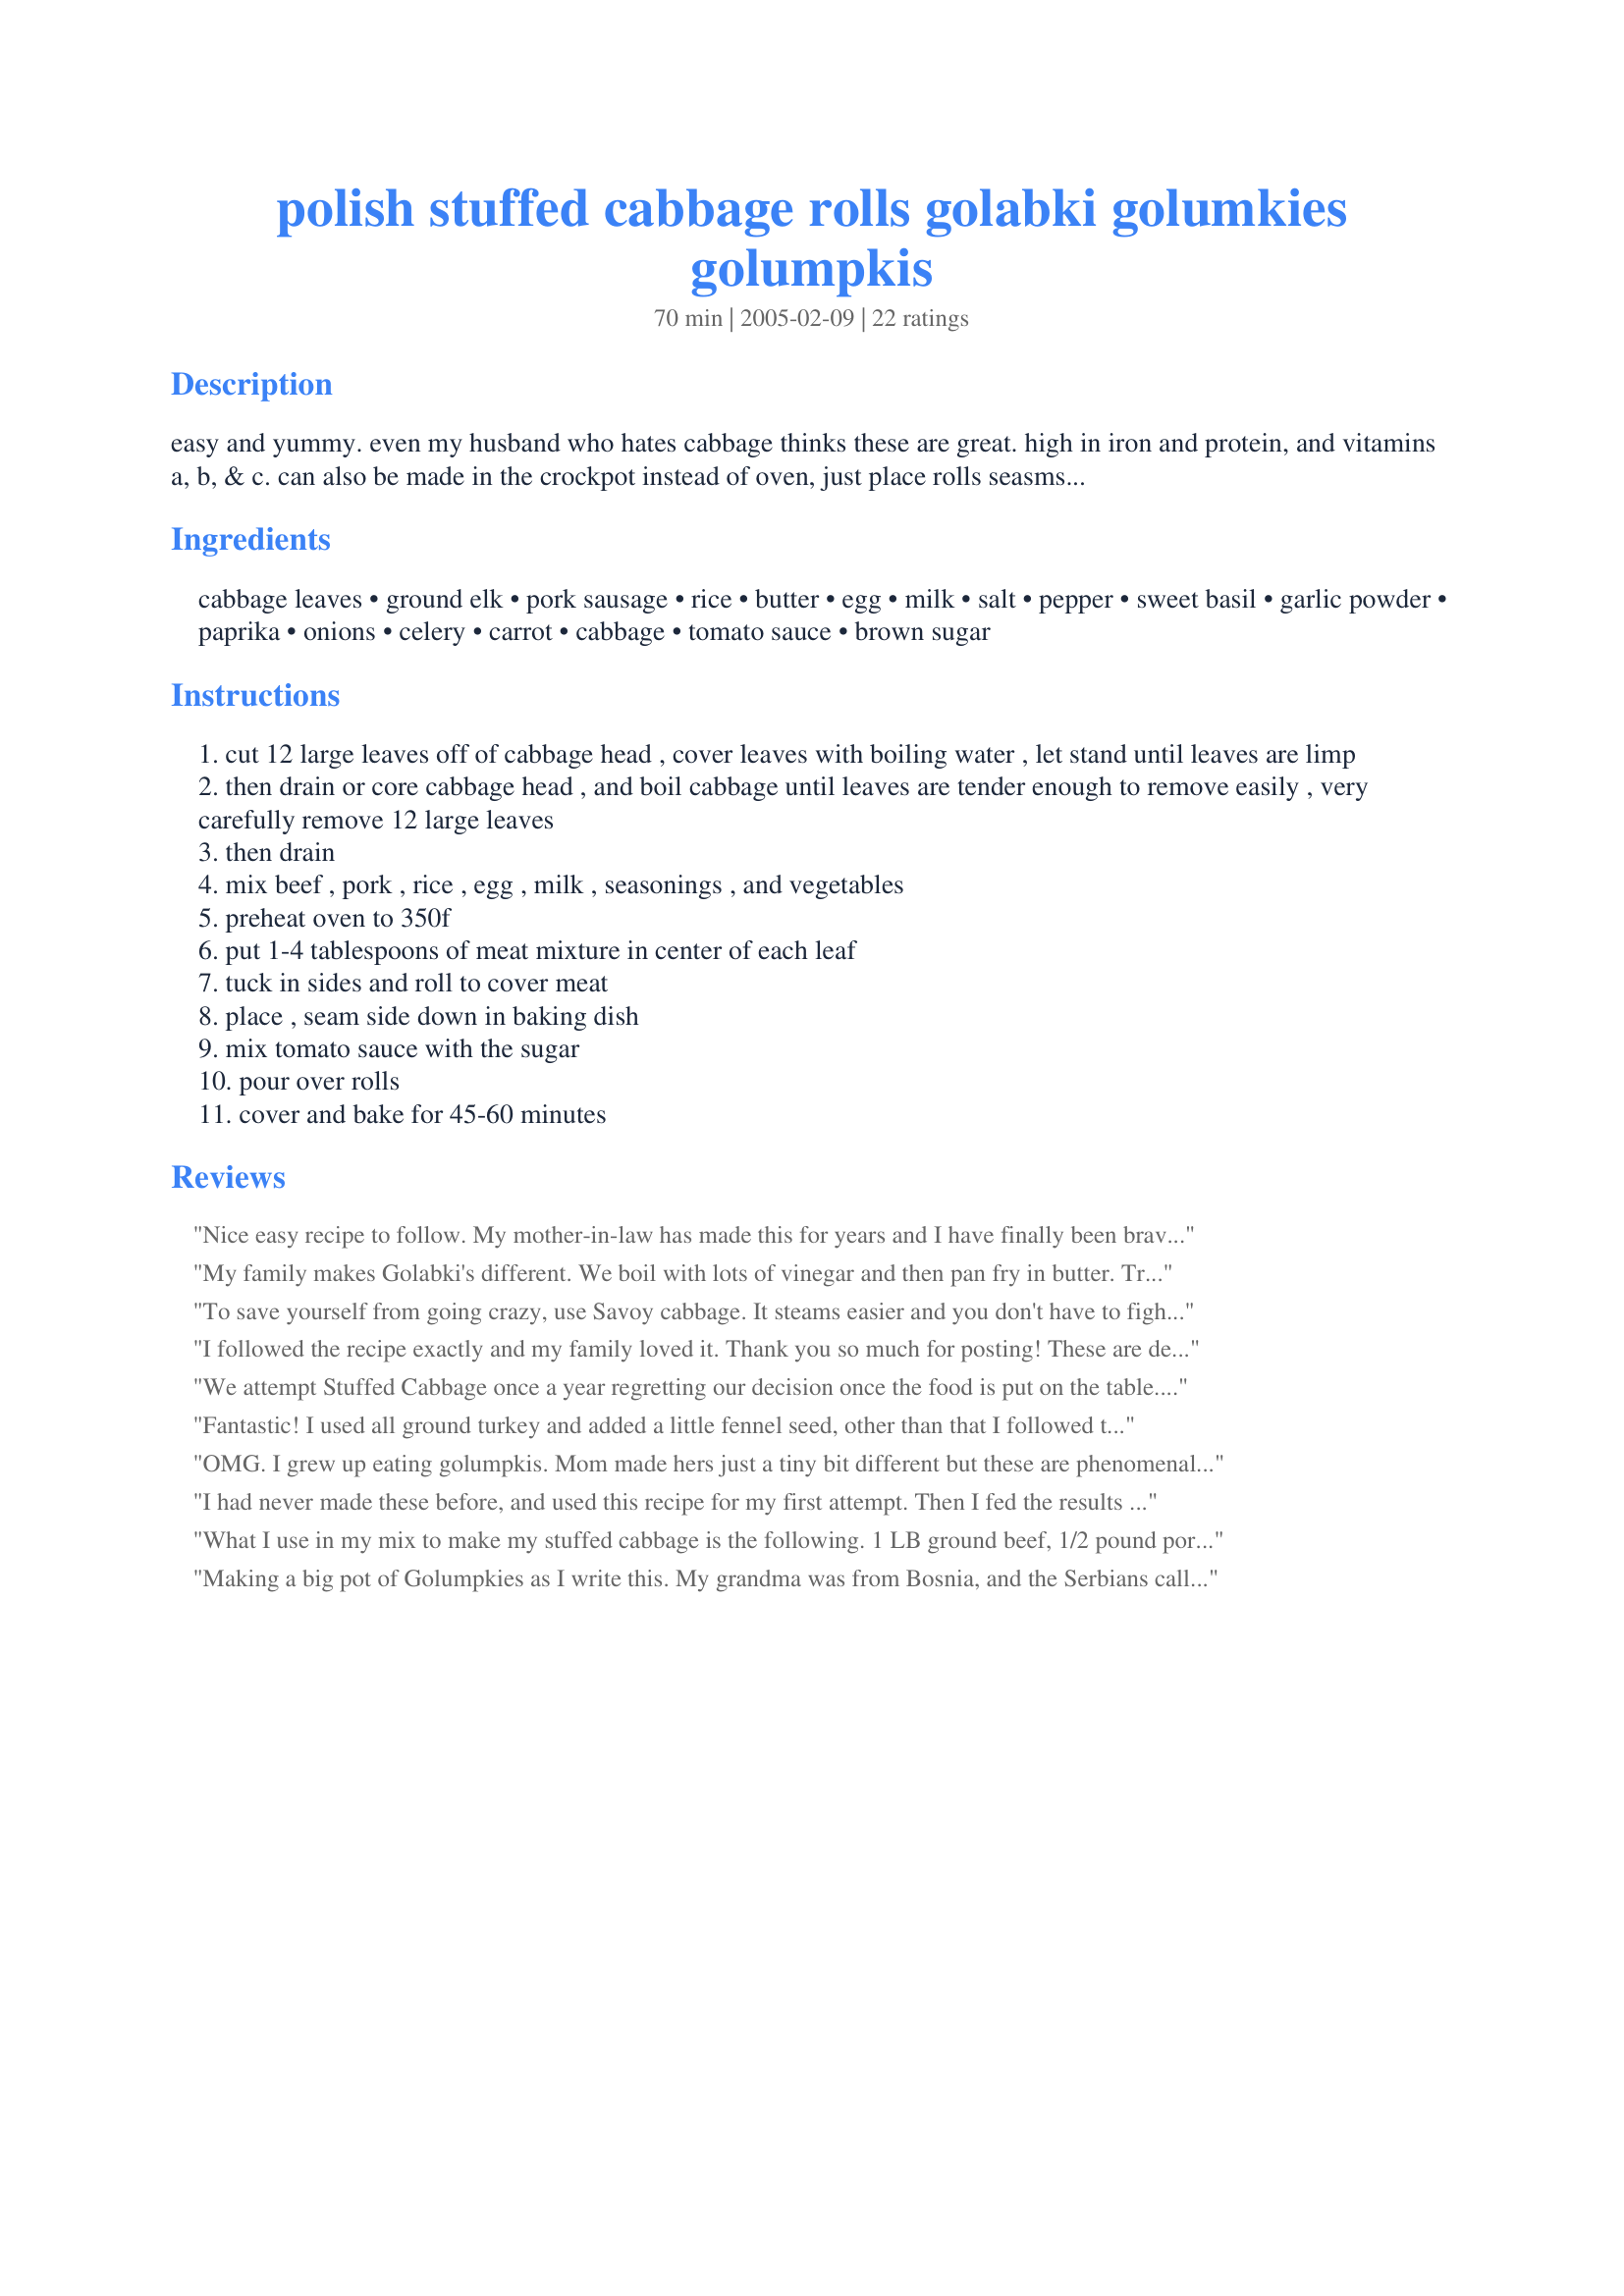
polish stuffed cabbage rolls golabki golumkies golumpkis
Preparation time: 70 minutes

easy and yummy. even my husband who hates cabbage thinks these are great. high in iron and protein, and vitamins a, b, & c. can also be made in the crockpot instead of oven, just place rolls seasmside down in crockpot, pour in sauce, cover and cook on low 8-10 hours.

Ingredients:
cabbage leaves, ground elk, pork sausage, rice, butter, egg, milk, salt, pepper, sweet basil, garlic powder, paprika, onions, celery, carrot, cabbage, tomato sauce, brown sugar

Steps:
cut 12 large leaves off of cabbage head , cover leaves with boiling water , let stand until leaves are limp
then drain or core cabbage head , and boil cabbage until leaves are tender enough to remove easily , very carefully remove 12 large leaves
then drain
mix beef , pork , rice , egg , milk , seasonings , and vegetables
preheat oven to 350f
put 1-4 tablespoons of meat mixture in center of each leaf
tuck in sides and roll to cover meat
place , seam side down in baking dish
mix tomato sauce with the sugar
pour over rolls
cover and bake for 45-60 minutes

Reviews:
Nice easy recipe to follow. My mother-in-law has made this for years and I have finally been brave enough to attempt it thanks to the well-written instructions.
My family makes Golabki's different. We boil with lots of vinegar and then pan fry in butter. Try that..WONDERFUL!!!
To save yourself from going crazy, use Savoy cabbage. It steams easier and you don't have to fight with it all the time. It has become my go to cabbage for these types of dishes. It is also a tiny bit sweeter than regular cabbage.
I followed the recipe exactly and my family loved it. Thank you so much for posting! These are delicous; I will be making them again and again.
We attempt Stuffed Cabbage once a year regretting our decision once the food is put on the table. Not this time! This recipe consists of absolutely wonderful flavor.

Of course, like all, I made some modifications: Used up leftover homemade marinara sauce. Mixed a half a cup of marinara sauce (with brown sugar) into meat mixture. Increased (brown) rice to 1 cup. Forgot the milk, and left out the chopped cabbage (I think the cabbage rolls add more than enough of that sulfuric taste). Do NOT skip on the onion, carrot, celery, etc. It really made a difference.

Thank you so much littleturtle! A true winner.
Fantastic! I used all ground turkey and added a little fennel seed, other than that I followed the recipe exactly. Use a good paprika; I think it makes a difference. All the flavors we perfect. My DH couldnâ€™t stop raving about this dish.
OMG. I grew up eating golumpkis. Mom made hers just a tiny bit different but these are phenomenal as well! I did however do a couple of things that mom did. Instead of using tomato sauce I used 3-10 oz cans of Campbell's tomato soup (I like LOTS of juice), diluted just a bit (one can's worth) with some of the water the cabbage cooked in. By using soup, I did not add any additional salt plus I only added about a1 tsp. of brown sugar as I think the soup is sweetened a smidge already. I also laid a couple of bay leaves on top of the golumpkis before cooking. Remove the bay leaves when done. Lastly, mom used a pressure cooker to cook her golumpkis. Takes 12-15 minutes cooking time after pressure is reached. I then turn the heat off and leave cooker on the stove for another 5-7 mins. (I have a big pressure cooker that was filled nearly to the top with golumpkis.) Then I run cold water over the top of the cooker. This cools the cooker quickly and releases any remaining pressure. Open up the cooker and dig in. Very yummy! I love cooking with a pressure cooker. It's the old school version of a microware. Cooks super fast and everything is amazingly tender.
I had never made these before, and used this recipe for my first attempt. Then I fed the results to my son-of-Polish-immigrants boyfriend and crossed my fingers. He loved them! So did I. I didn't find it very difficult, either. Thanks for the recipe!
What I use in my mix to make my stuffed cabbage is the following. 1 LB ground beef, 1/2 pound pork, 2 cups of soaked rice, 1 cup chopped onion, 2 eggs, 1 cup of milk, 1/2 can manwich bold Sloppy Joe Sauce, 1/2 can thick &amp; Chunky sauce. Mix all ingredients together. After you stuffed the cabbage leaf's use the rest of the cause as your broiling base. You can add water to it also to make sure they are all surounded by liquid so they don't burn or dry out in oven. Plus cover with aluminum.
Making a big pot of Golumpkies as I write this. My grandma was from Bosnia, and the Serbians call it &quot;Sarma&quot;. My first wife was Polish, and Golabki/Golumpkies is what they called it. I just call it Mmm...Mmmmm GOOD.
These are very good! I have been making this version for a few years, I just don't add the brown sugar or carrots! Any cabbage left over, I lay it across the roll's to keep them from drying out! Keep's the moisture in the roll's!
I made these this morning and the only change I made was the sauce (I used a jar of chunky pasta sauce). They were excellent! Easy recipe to follow and great tasting!
These are by far the best cabbage rolls I've ever made. I managed to find some elk and mixed it with pork sausage. I recommend adding fresh garlic and also using cans of crushed tomatoes for the sauce. If the tomato sauce is too acidic, add some honey for an overall sweeter aftertaste.
These are excellent! I made them to freeze for later in the week and of course I had to taste one! I loved the taste of the pork with the cabbage and spices. I will make these again when I get the craving! Thank you for sharing your recipe with us Littleturtle! Linda
I must admit that I made this for my husband. who loves cabbage rolls, thinking I would put up with them for his sake. I was amazed to find that I *loved* these! We were totally surprised at how flavorful such a simple sauce turned out, Bravo!
This is a great recipe!!! I love the seasonings in the meat and the flavor of the sauce!!! I did this one exactly as written except I cooked the onion with the meat. I really enjoyed these very much! If you like cabbage rolls, this is a really super recipe!! I will use this recipe again and again!! Thanks for posting!!!!
This took me back to my childhood. Big family gatherings were often accompanied by Mom's giant electric roaster filled with these little packets of taste bud bliss! I cored the whole head of cabbage, plunged it into a pot of boiling water, carefully removing the leaves as they softened and separated from the head. Used brown rice, 1 lb. ground bison and 13 ozs. bulk, Sweet Italian sausage. Added 1/2 small can of tomato paste mixed w/water to make 1/2 cup liquid, then mixed that in w/meat mixture for added moisture. Skipped the milk and reduced the basil to 1/4 tsp. Mixed a 14 oz. can of diced tomatoes with the remaining tomato paste, 1 cup water and 1.5 Tblsp brown sugar and dumped over top of packets and meatballs. Covered everything w/remaining cabbage leaves to hold in that moisture (great trick btw!) Baked in large roasting pan @ 325F for 1 hour + 45 mins. Discarded the leaves lying on top, which were now showing signs of drying out. This was the first time DH had ever tasted this dish. He's not a big fan of cabbage, but he said, "These are SUPER AWESOME!" He gobbled down two giant ones, plus 2 meatballs. Served w/mashed potatoes. Thank you so much for sharing this delicious dish! We have PLENTY of leftovers. Will be giving some to a friend this afternoon. Very easy and very tasty!
The filling is quite awesome, but the sauce was a bit lacking in comparison. It needed to be a bit more flavorful, or perhaps even sweeter? I used linguica in place of ordinary pork sausage. It added a bit of spice. Overall, will make again with modifications to the sauce.
Crazy tasty, but the whole bit with the cabbage leaves remains a reason for profanity in my kitchen. I've tried both methods noted here regarding the process of preparing the leaves for rolling with no luck whatsoever. In the end, I tried to double the recipe but was lucky to get 1 dinner's worth of rolls, a good set of meatballs for later, and about 1/2 lb of cabbage bits unsuitable for anything save the compost bin. Practice will probably alleviate this issue (and yes, this is so good a recipe that I plan future attempts), but novices be warned that the prep time noted here should likely be doubled, and a good stiff drink on the side wouldn't be a bad idea either.
These were very good cabbage rolls. I made them last night. I spent most of the day looking for a recipe that I thought would be good. The only thing different I did was use extra lean ground beef & I added a little cayenne or red pepper to the tomato sauce. I will definately use this as my cabbage roll recipe but next time I will use a more moist meat (the rolls were hard) & probably use some kind of Cajun seasoning instead of the paprika. I've lived in Louisiana/Texas all my life & I'm just use to things being a little spicey.
Easy and delicious recipe. The only tweak I made was using hot Italian sausage, which I had on hand, instead of fresh pork Polish or German sausage (which I assume should be the correct sausage)! I also used tomato pur&eacute;e instead of tomato sauce for a thicker sauce. The entire family loved it. My father grew up in post-depression German/Polish/Jewish Williamsburg, Brooklyn, NY. The flavors took me back to the &quot;authentic&quot; stuffed cabbage that he introduced me to as a child, which was the identical recipe used in the 1940's!
I made this recently and it was delicious! I subbed lean ground turkey for the elk, and short-grain brown rice for the regular rice. I also added fennel seed but otherwise followed the recipe. My family loved it, and we had lots of leftovers for another night. one point though, cabbage rolls do not freeze well, they get watery, so if you do not want to make a lot cut the recipe in half. Thanks littleturtle, for a great recipe!
